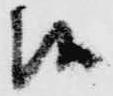
候